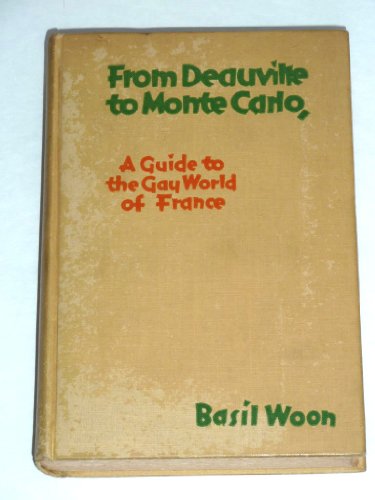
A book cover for From Deauville to Monte Carlo: Via Le Touquet, Biarritz, Vichy, Aix-les-Bains and Cannes,; Basil Dillon Woon; Travel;